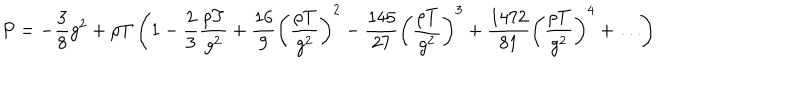
P = - \frac { 3 } { 8 } g ^ { 2 } + \rho T \left( 1 - \frac { 2 } { 3 } \frac { \rho T } { g ^ { 2 } } + \frac { 1 6 } { 9 } \left( \frac { \rho T } { g ^ { 2 } } \right) ^ { 2 } - \frac { 1 4 5 } { 2 7 } \left( \frac { \rho T } { g ^ { 2 } } \right) ^ { 3 } + \frac { 1 4 7 2 } { 8 1 } \left( \frac { \rho T } { g ^ { 2 } } \right) ^ { 4 } + \ldots \right)